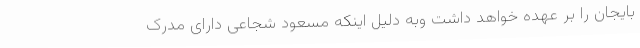
بایجان را بر عهده خواهد داشت وبه دلیل اینکه مسعود شجاعی دارای مدرک